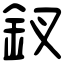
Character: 釵